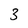
Character: 3